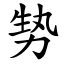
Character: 㔟